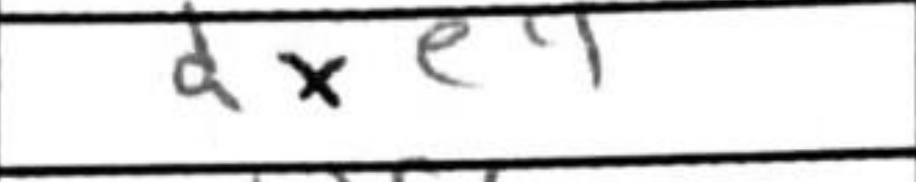
Transcription: dxe4